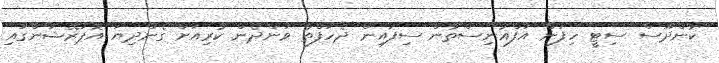
ކުންދޫސް ސިޓީ ހިފަން އަފްޣާނިސްތާން ސިފައިން ދެހަފްތާ ވަންދެން ކުރިއަށް ގެންދިޔަ އޮޕަރޭޝަންގައި